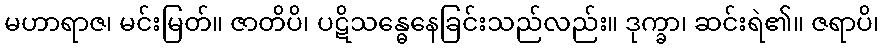
မဟာရာဇ၊ မင်းမြတ်။ ဇာတိပိ၊ ပဋိသန္ဓေနေခြင်းသည်လည်း။ ဒုက္ခာ၊ ဆင်းရဲ၏။ ဇရာပိ၊